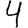
Digit: 4